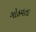
ગોઠવતા